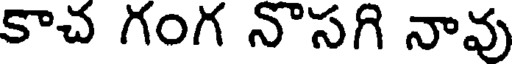
కాచ గంగ నొసగి నావు